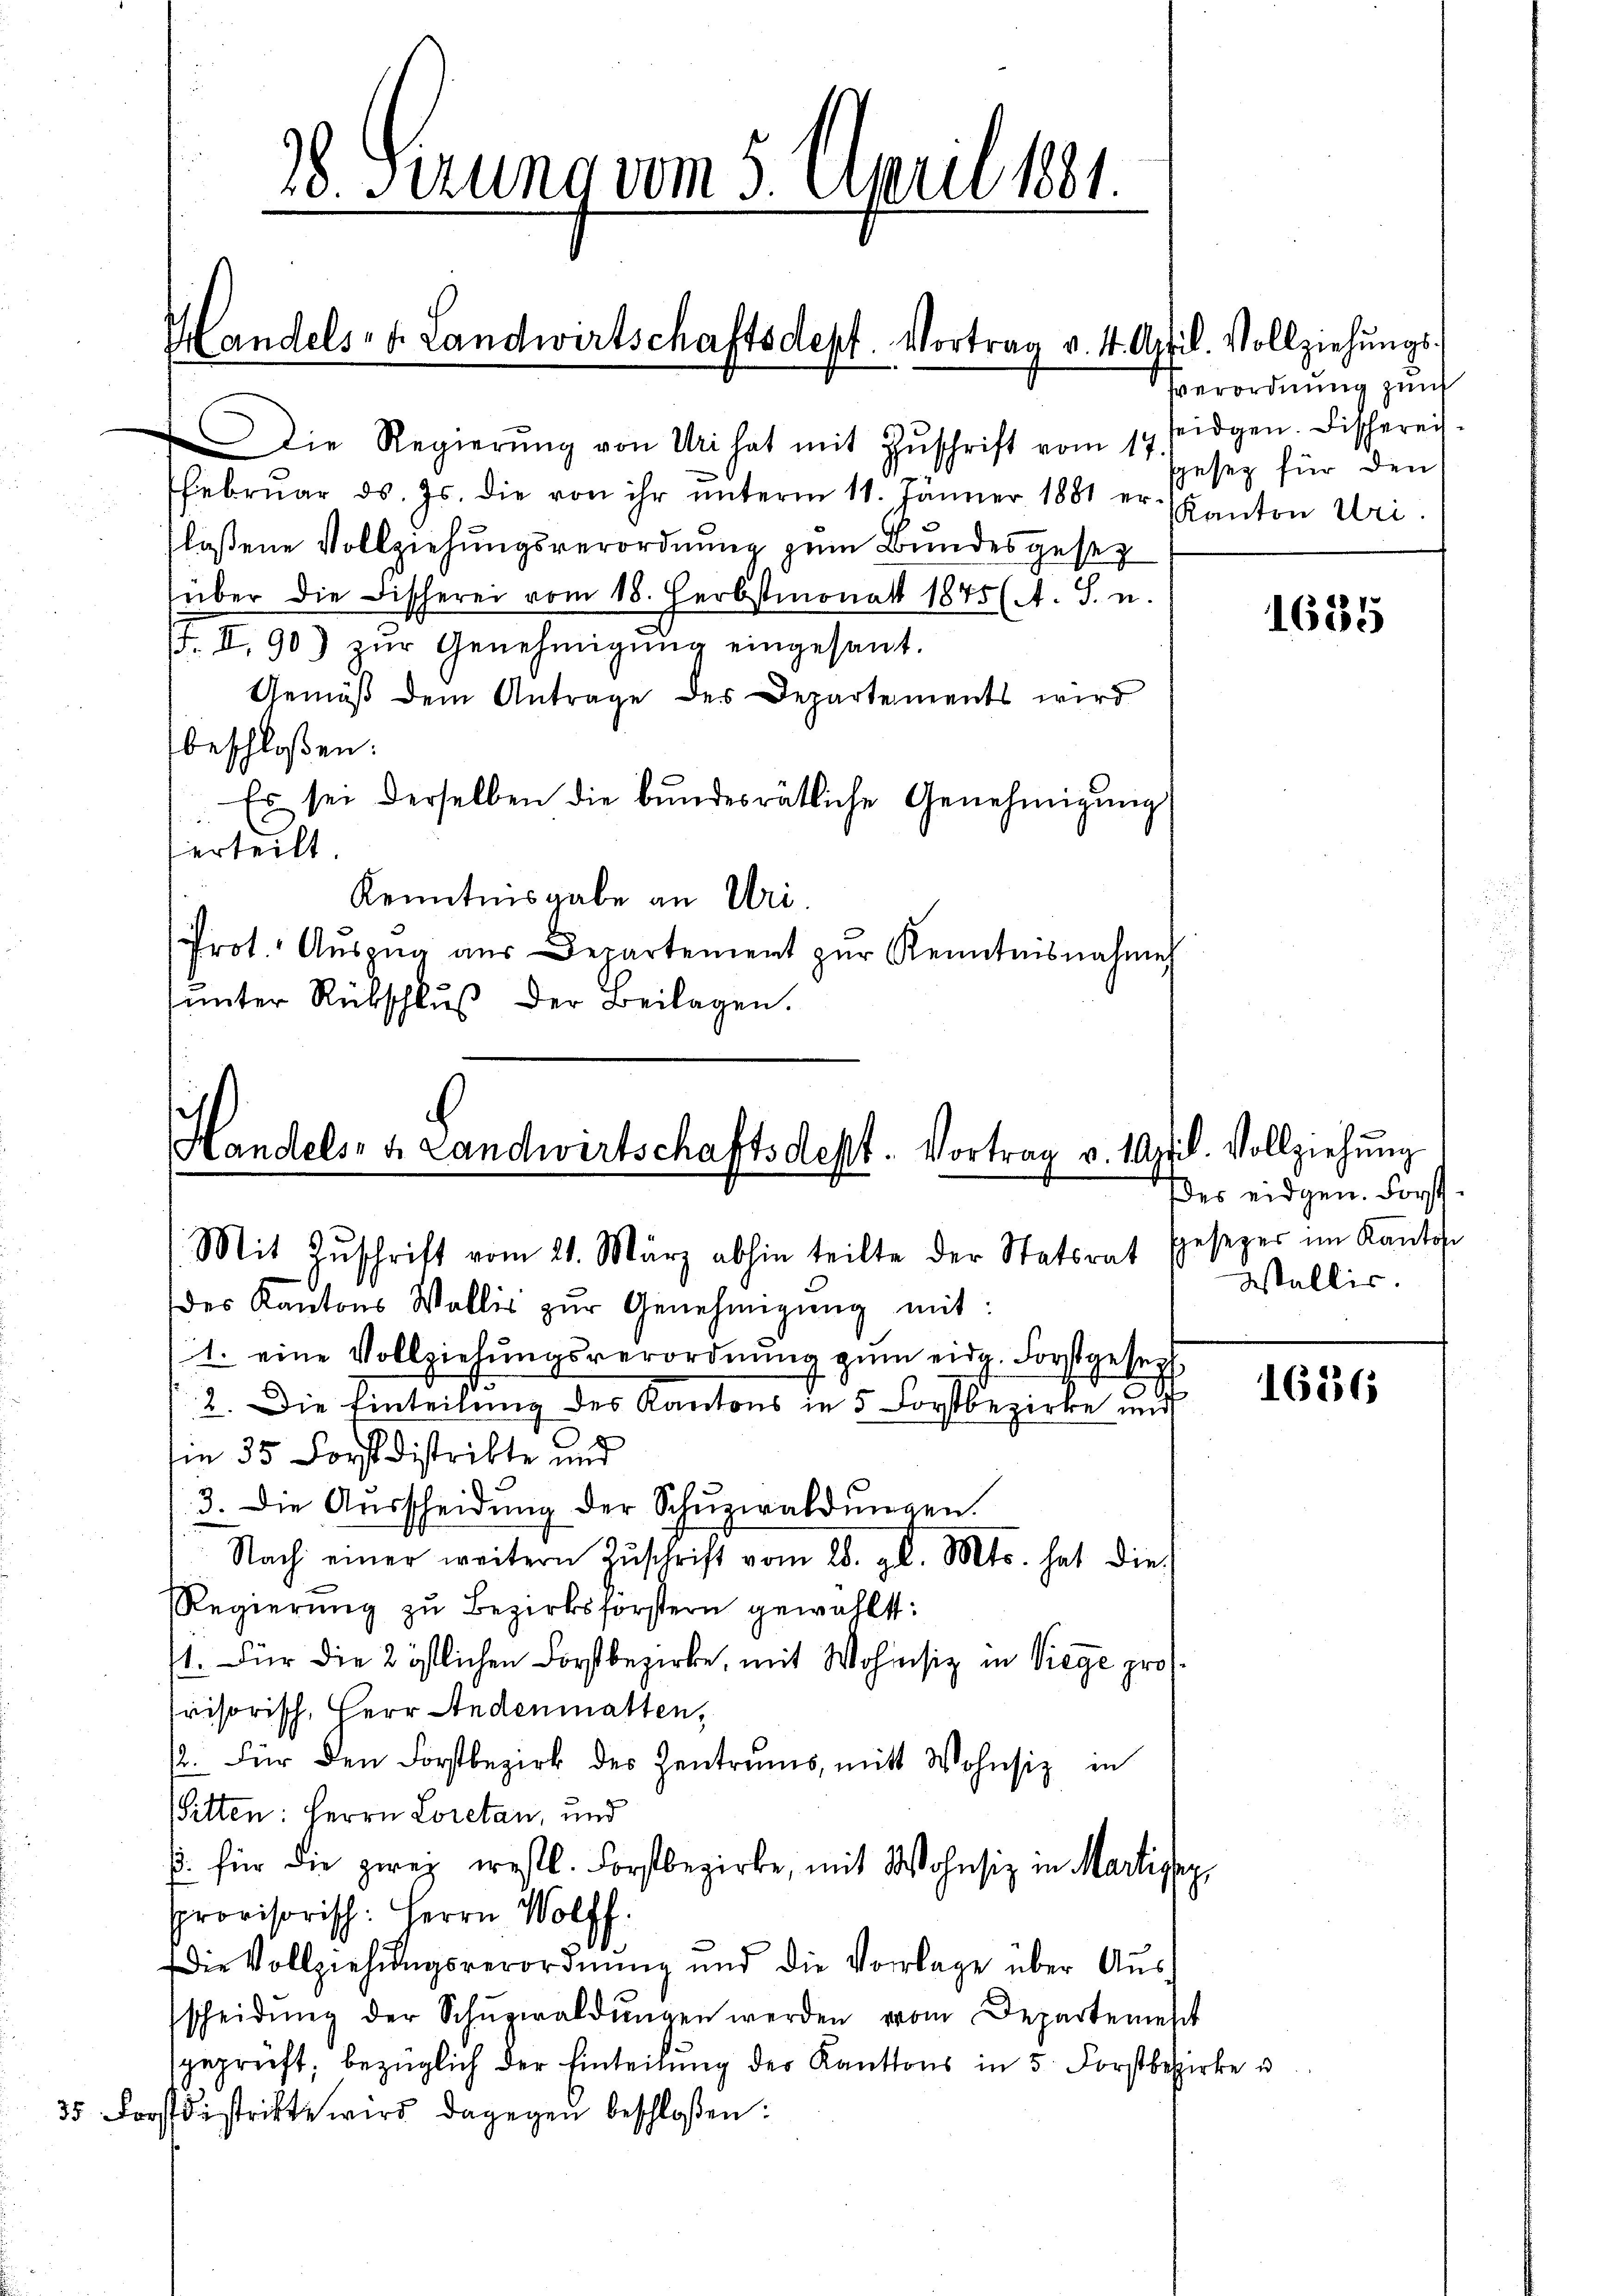
28. Ferung vom 5. April 1881.

Handels- u. Landwirtschaftsdepf. Vortrag v. 4. April. Vollziehŭngs-

Die Regierŭng von Uri hat mit Zŭschrift vom 14. eidgen. Fischereis-
Febrŭar d. Js. die von ihr ŭnterm 11. Jänner 1881 er- Kanton Uri.
flossene Vollziehungsverordnung zum Bundesgesez
über die Fischerei vom 18. Herbstmonat 1845 (A. S. u.
. II. 90) zŭr Genehmigŭng eingesant.
Gemäß dem Antrage des Departements wird
beschloßen:
Es sei derselben die bŭndesrätliche Genehmigŭng
erteilt
Kenntnisgabe an Uri.
Prot. Aŭszŭg aŭs Departement zŭr Kenntnisnahme
ŭnter Rückschlŭβ der Beilagen.

Handels- u. Landwirtschaftsdest. Vortrag v. April. Vollziehŭng
Mit Zŭschrift vom 21. März abhin teilte der Statsrat speseper im Kanton

des Kantons Wallis zŭr Genehmigŭng mit:
1. eine Vollziehŭngsverordnŭng zŭm eidg. Forstgeseh
2. Die Einteilung des Kantons in 5 Forstbezirke und
ie 35 Forst distrikte und
3. Die Aŭsscheidŭng der Schŭzwaldŭngen.
Nach einer weitern Zŭschrift vom 28. gl. Mts. hat dies
RRegierŭng zu Bezirksforstern gewählt:
1. Für die 2 östlichen Forstbezirke, mit Wohnsiz in Viege protvisorisch, Herr Andenmatten,
/2. Für den Forstbezirk des Zentrums, mit Wohnsiz in
Sitten: Herrn Loretan, und
u. für die zwey erstl. Forstbezirke, mit Wohnsiz in Martisey,
provisorisch: Herrn Wolff
die Vollziehungsverordnung und die Vorlage über Ausscheidŭng der Schŭgwaldŭngen werden vom Departement
geprüft, bezüglich der Einteilung der Kantons in 5. Forstbezirke u
35 Forstdistritte wird dagegen beschloßen:

sverordnung zum
sgesez für den

1635

des eidgen. Forst
Wallis.

1636